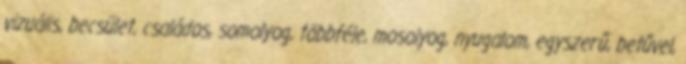
vizuális, becsület, családos, somolyog, többféle, mosolyog, nyugalom, egyszerű, betűvel,